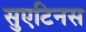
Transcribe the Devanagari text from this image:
सुएटिनस